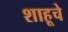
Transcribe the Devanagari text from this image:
शाहूचे